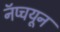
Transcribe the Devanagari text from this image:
नॅप्चयून